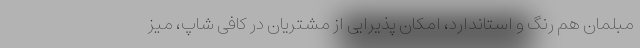
مبلمان هم رنگ و استاندارد، امکان پذیرایی از مشتریان در کافی شاپ، میز